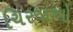
ચિરજાઓ